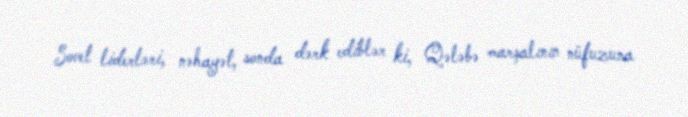
Sovet liderləri, nəhayət, sonda dərk ediblər ki, Qələbə marşalının nüfuzuna